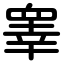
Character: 睾